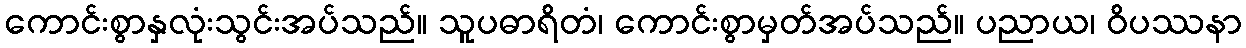
ကောင်းစွာနှလုံးသွင်းအပ်သည်။ သူပဓာရိတံ၊ ကောင်းစွာမှတ်အပ်သည်။ ပညာယ၊ ဝိပဿနာ